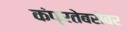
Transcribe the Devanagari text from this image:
कंप्रतेबरोबर